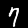
Label: 7